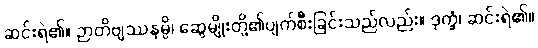
ဆင်းရဲ၏။ ဉာတိဗျဿနမ္ပိ၊ ဆွေမျိုးတို့၏ပျက်စီးခြင်းသည်လည်း။ ဒုက္ခံ၊ ဆင်းရဲ၏။